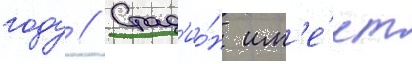
году // Стад'ио́н им'е́ет